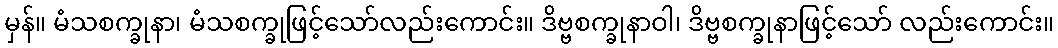
မှန်။ မံသစက္ခုနာ၊ မံသစက္ခုဖြင့်သော်လည်းကောင်း။ ဒိဗ္ဗစက္ခုနာဝါ၊ ဒိဗ္ဗစက္ခုနာဖြင့်သော် လည်းကောင်း။